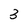
Character: 3